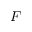
F